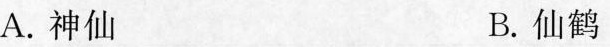
A.神仙 B.仙鹤